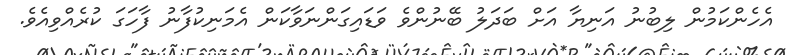
އެހެންކަމުން ލިބުނު އަނިޔާ އަށް ބަދަލު ބޭނުންވެ ވަޑައިގަންނަވާކަން އެމަނިކުފާނު ފާހަގަ ކުރެއްވިއެވެ.